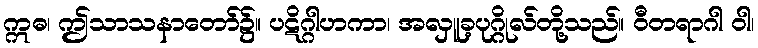
ဣဓ၊ ဤသာသနာတော်၌။ ပဋိဂ္ဂါဟကာ၊ အလှူခ့ပုဂ္ဂိုလ်တို့သည်။ ဝီတရာဂါ ဝါ၊